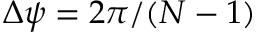
\Delta \psi = 2 \pi / ( N - 1 )